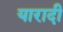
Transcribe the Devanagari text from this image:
यारादी